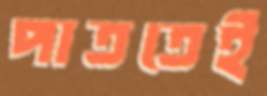
পাততেই